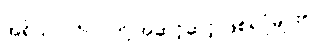
အရိယာပုဂ္ဂိုလ်တို့ အဆင့်ဆင့် ဖြစ်ရပုံများ။